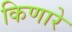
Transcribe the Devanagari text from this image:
किणारे